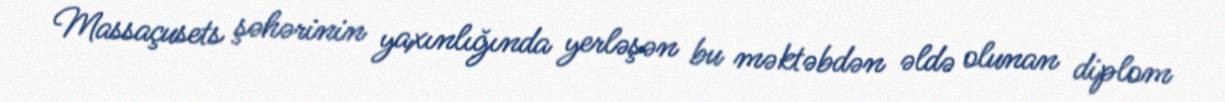
Massaçusets şəhərinin yaxınlığında yerləşən bu məktəbdən əldə olunan diplom